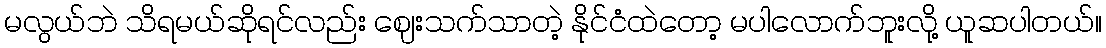
မလွယ်ဘဲ သိရမယ်ဆိုရင်လည်း ဈေးသက်သာတဲ့ နိုင်ငံထဲတော့ မပါလောက်ဘူးလို့ ယူဆပါတယ်။